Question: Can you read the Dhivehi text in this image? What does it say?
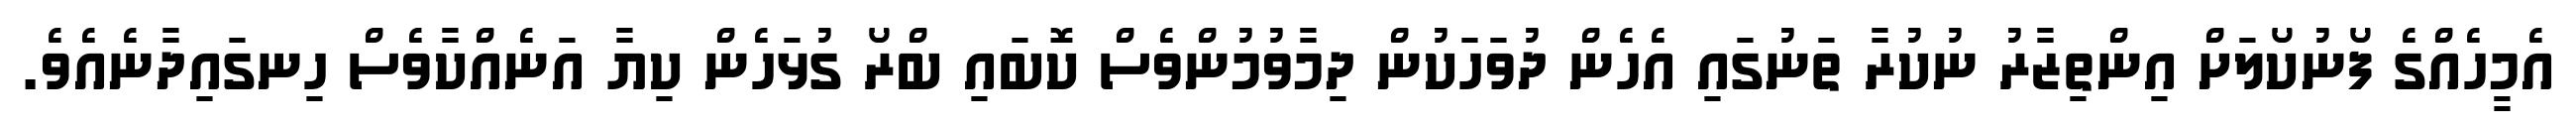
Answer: އެމީހެއްގެ ފޯނުކޯލަށް އިންތިޒާރު ނުކުރާ ތަނުގައި އެހެން ދުވަހަކުން ދިމާވުމުންވެސް ކޮބައި ބްރޯ ގުޅަހެން ކިޔާ އަނެއްކާވެސް ހިނގައިދާނެއެވެ.